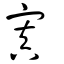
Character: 寘